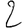
Digit: 2